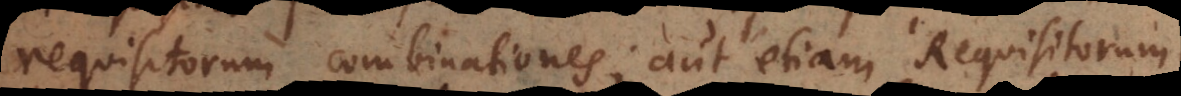
requisitorum combinationes; aut etiam Requisitorum